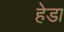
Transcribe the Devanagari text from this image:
हेडा